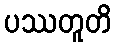
ပဿတူတိ